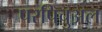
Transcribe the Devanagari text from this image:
परपिचुअल